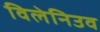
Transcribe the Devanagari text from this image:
विलेनिउव